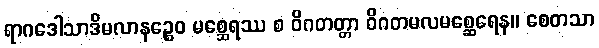
ရာဂဒေါသာဒိမလာနဉ္စေဝ မစ္ဆေရဿ စ ဝိဂတတ္တာ ဝိဂတမလမစ္ဆေရေန။ စေတသာ